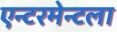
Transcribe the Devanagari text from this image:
एन्टरमेन्टला